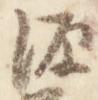
源